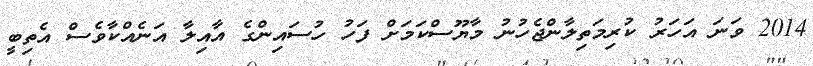
2014 ވަނަ އަހަރު ކުރިމަތިލާންޖެހުނު މާޔޫސްކަމަށް ފަހު ހުސައިންގެ އާއިލާ އަނެއްކާވެސް އެތިބީ